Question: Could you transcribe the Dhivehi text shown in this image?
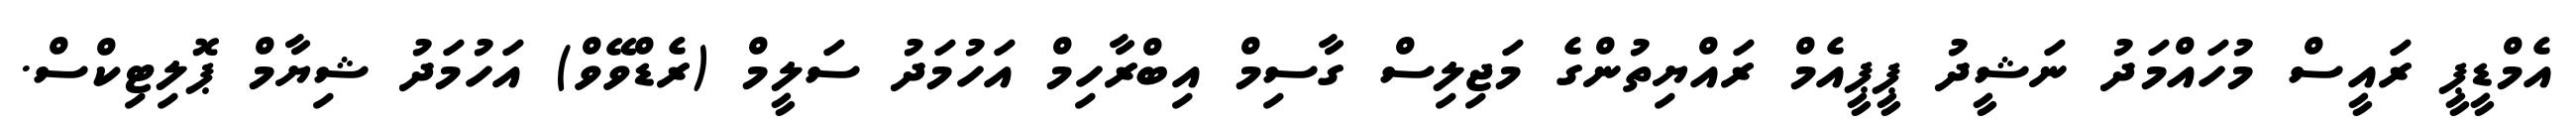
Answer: އެމްޑީޕީ ރައީސް މުހައްމަދު ނަޝީދު ޕީޕީއެމް ރައްޔިތުންގެ މަޖިލިސް ގާސިމް އިބްރާހިމް އަހުމަދު ސަލީމް (ރެޑްވޭވް) އަހުމަދު ޝިޔާމް ޕޮލިޓިކްސް.